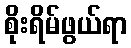
စိုးရိမ်ဖွယ်ရာ